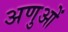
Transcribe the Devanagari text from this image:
अणुआें